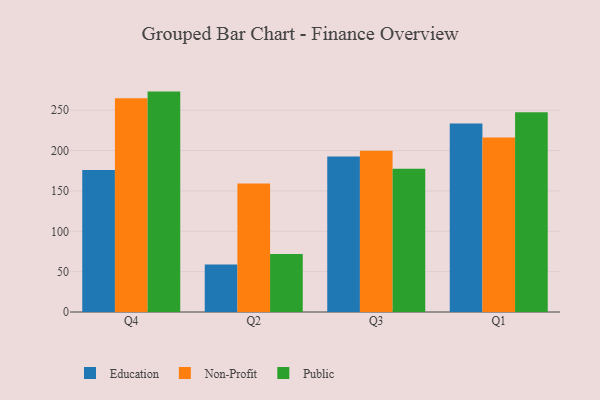
{"axis": {"x": "Quarter", "y": "Production Output"}, "legend": ["Education", "Non-Profit", "Public"], "data": [{"x": "Q4", "y": 176.0, "type": "Education"}, {"x": "Q4", "y": 264.8, "type": "Non-Profit"}, {"x": "Q4", "y": 273.1, "type": "Public"}, {"x": "Q2", "y": 58.8, "type": "Education"}, {"x": "Q2", "y": 159.3, "type": "Non-Profit"}, {"x": "Q2", "y": 71.9, "type": "Public"}, {"x": "Q3", "y": 192.8, "type": "Education"}, {"x": "Q3", "y": 199.8, "type": "Non-Profit"}, {"x": "Q3", "y": 177.4, "type": "Public"}, {"x": "Q1", "y": 233.7, "type": "Education"}, {"x": "Q1", "y": 216.1, "type": "Non-Profit"}, {"x": "Q1", "y": 247.5, "type": "Public"}]}